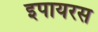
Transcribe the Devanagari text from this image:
इपायरस